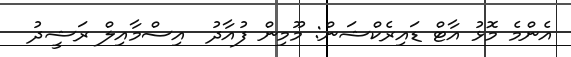
އެންމެ މޮޅު އާޓް ޑައިރެކްޝަން: މޫމިން ފުއާދު  އިސްމާއިލް ރަޝީދު